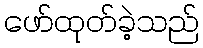
ဖော်ထုတ်ခဲ့သည်